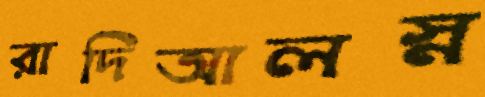
রাদিআলস্ন